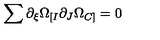
\sum { \partial _ { \xi } \Omega _ { [ I } \partial _ { J } \Omega _ { C ] } } = 0